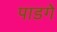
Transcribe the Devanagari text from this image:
पाडगे